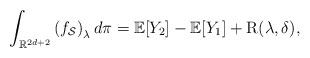
LaTeX: \begin{align*}\int_{\mathbb{R}^{2 d+2}}\left(f_{\mathcal{S}}\right)_\lambda d \pi = \mathbb{E}[Y_2] - \mathbb{E}[Y_1] + \mathrm{R}(\lambda, \delta),\end{align*}